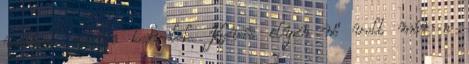
valljak, igenis kedvelek. Kevés ilyen nő volt már a